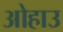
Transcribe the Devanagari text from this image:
ओहाउ